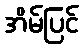
အိမ်ပြင်